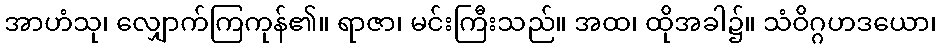
အာဟံသု၊ လျှောက်ကြကုန်၏။ ရာဇာ၊ မင်းကြီးသည်။ အထ၊ ထိုအခါ၌။ သံဝိဂ္ဂဟဒယော၊